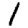
Digit: 1